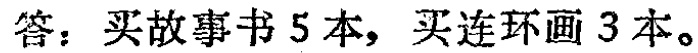
答：买故事书5本，买连环画3本。